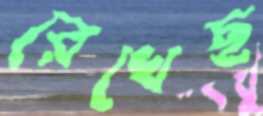
রেখেছ